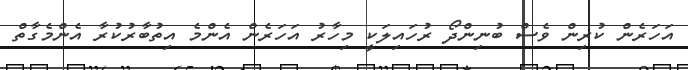
އަހަރެން ކުރިން ވެސް ބުނިންދޯ ރުހައިލަކީ މިހާރު އަހަރެން އެންމެ އިތުބާރުކުރާ އެންމެގާތް